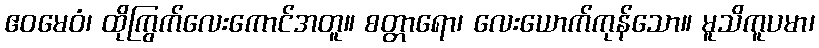
ဧဝမေဝံ၊ ထိုကြွက်လေးကောင်အတူ။ စတ္တာရော၊ လေးယောက်ကုန်သော။ မူသိကူပမာ၊